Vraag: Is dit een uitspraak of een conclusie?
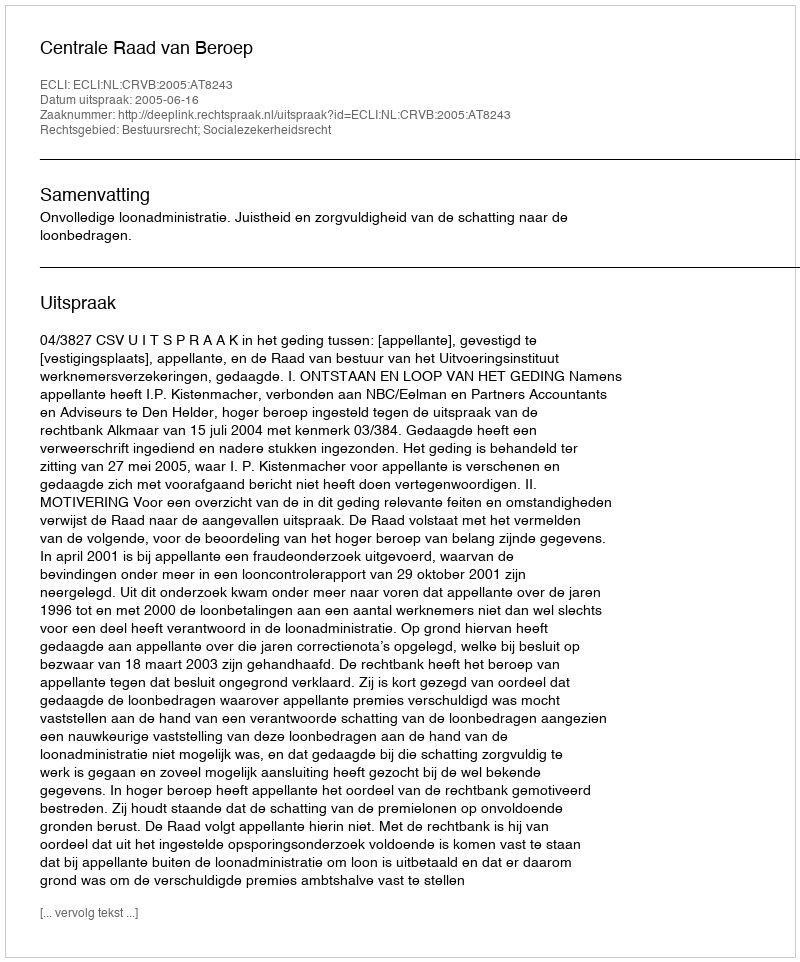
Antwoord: Uitspraak